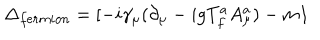
\Delta _ { f e r m i o n } = [ - i \gamma _ { \mu } ( \partial _ { \mu } - i g T _ { f } ^ { a } A _ { \mu } ^ { a } ) - m { \bf 1 }